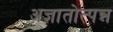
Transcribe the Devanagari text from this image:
अज्ञातोत्पन्न